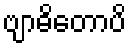
ဗျာဓိတောပိ